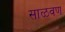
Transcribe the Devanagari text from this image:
साळवण